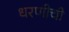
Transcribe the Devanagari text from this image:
धरणीची